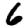
Digit: 6